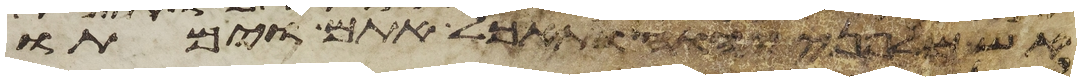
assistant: אש מלפני יהוה ותאכל אתם וימתו